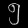
Digit: ၅